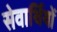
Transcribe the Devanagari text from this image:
सेवार्थियों